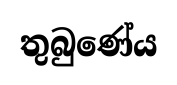
තුබුණේය